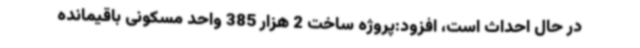
در حال احداث است، افزود:پروژه ساخت 2 هزار 385 واحد مسکونی باقیمانده